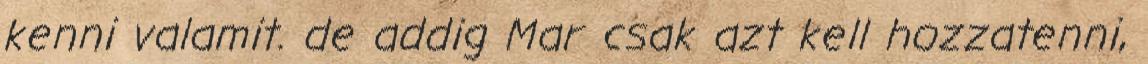
kenni valamit. de addig Mar csak azt kell hozzatenni,